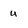
Character: u